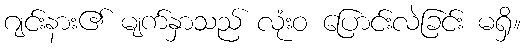
ဂျင်းနား၏ မျက်နှာသည် လုံးဝ ပြောင်းလဲခြင်း မရှိ။